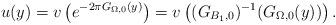
LaTeX: \begin{align*} u(y)=v\left(e^{-2\pi G_{\Omega,0}(y)}\right)=v\left((G_{B_1,0})^{-1}( G_{\Omega,0}(y))\right).\end{align*}